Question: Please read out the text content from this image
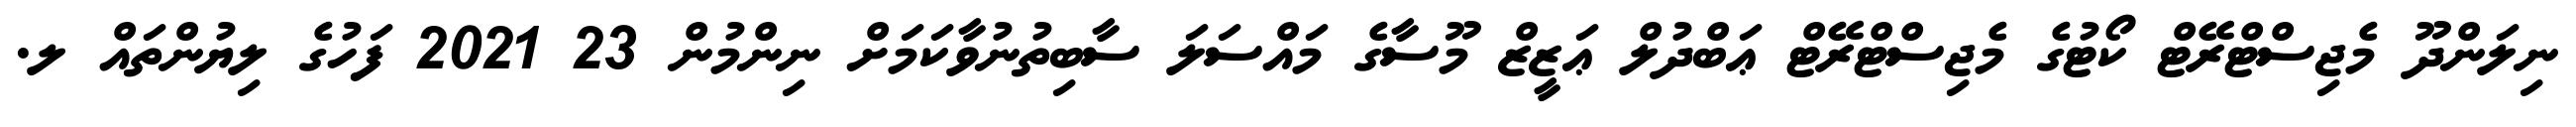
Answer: ނިލަންދޫ މެޖިސްޓްރޭޓް ކޯޓުގެ މެޖިސްޓްރޭޓް ޢަބްދުލް ޢަޒީޒް މޫސާގެ މައްސަލަ ސާބިތުނުވާކަމަށް ނިންމުން 23 2021 ފަހުގެ ލިޔުންތައް ލ.